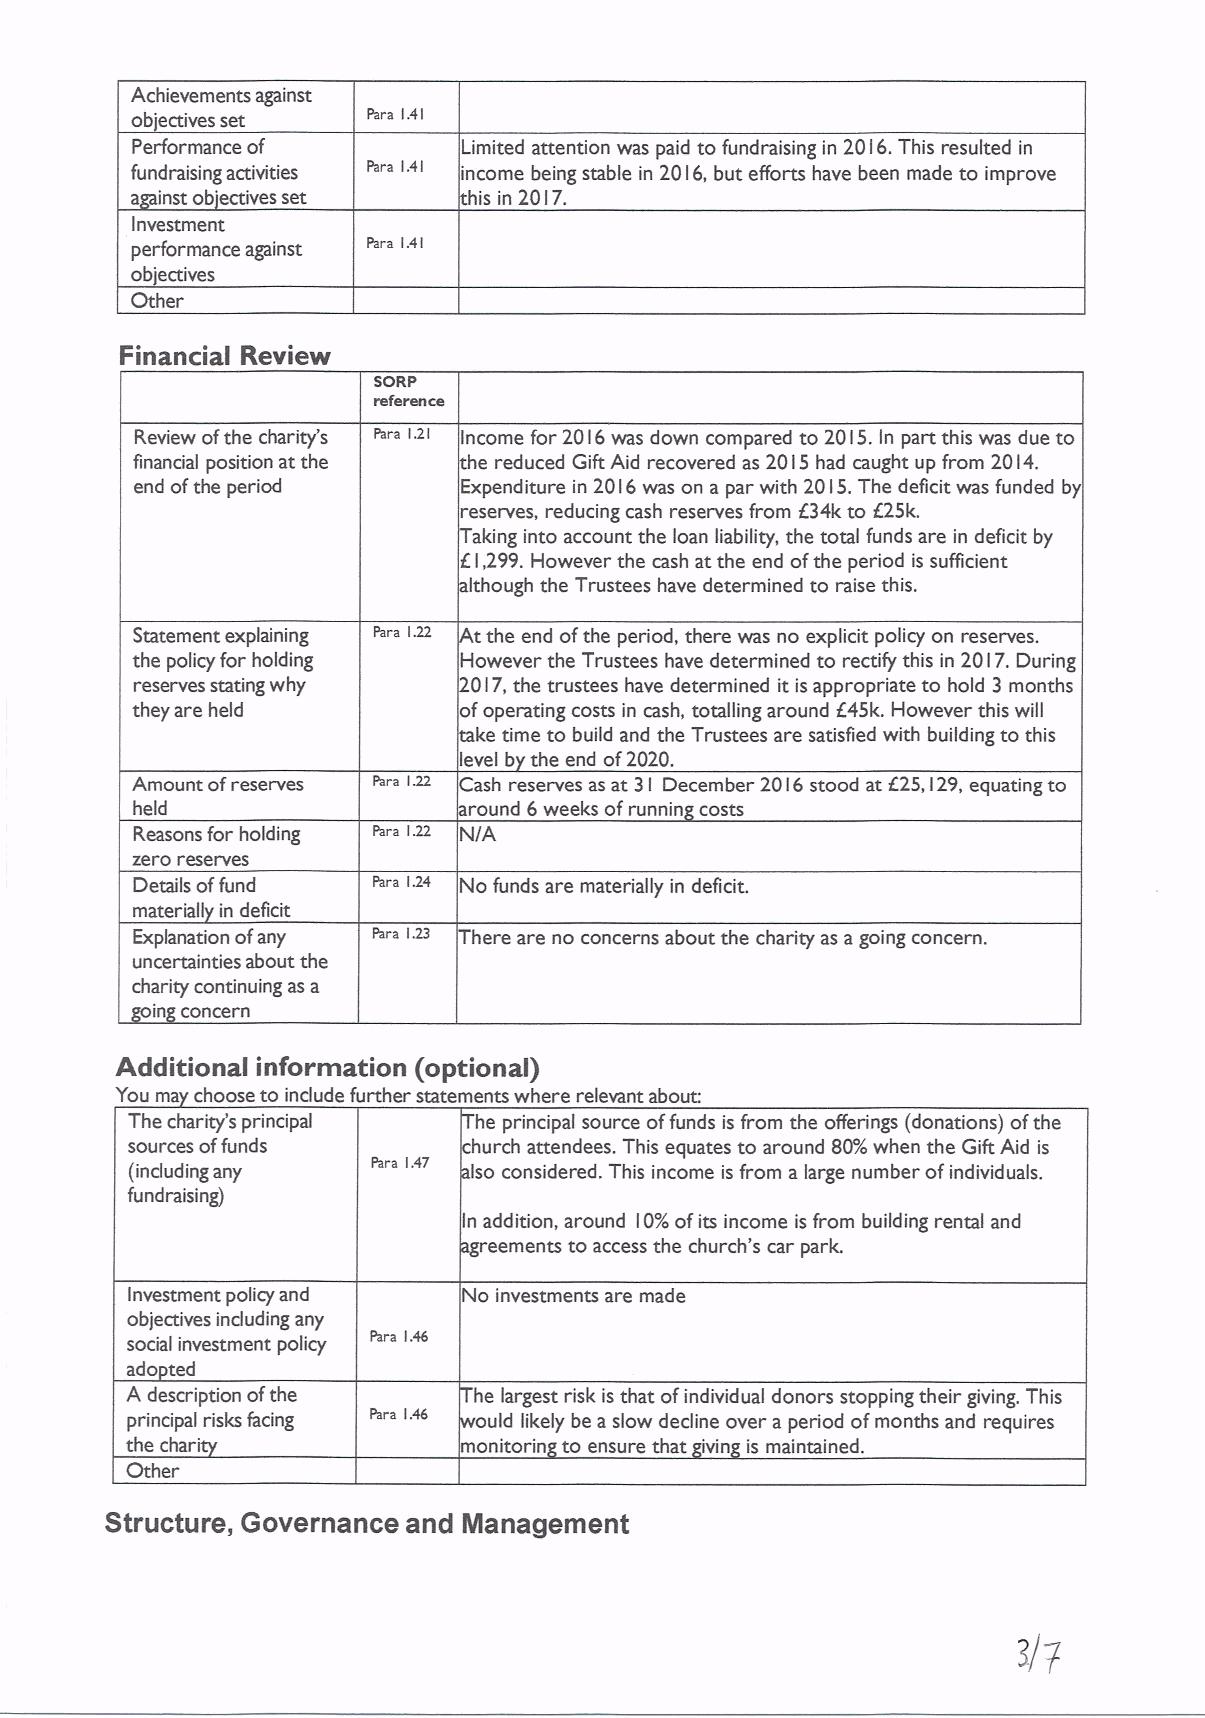
Achievements against
 ob'ectives set Para 1.41
 Performance of        Limited attention was paid to fundraising in 20 I6.This resulted in
 fundraising activities Para 1.41 income being stable in 20 I6, but efforts have been made to improve
 a inst ob'ectives set  is in 2017.
 Investment
 performance against Para 1.41
 ob'ectives
 Other
 Financial Review
 soRp
 reference
 Review ofthe charity's Para 1.21 Income for 20 I6was down compared to 20 I5.In part this was due to
 financial position at the he reduced Gift Aid recovered as 20 I5 had caught up from 20I4.
 end ofthe period     Expenditure in 20 I6was on a par with 20 I5.The deficit was funded b
 reserves, reducing cash reserves from 634k to 125k.
 aking into account the loan liability, the total funds are in deficit by
 if.I,299.However the cash at the end ofthe period is sufficient
 Ithough the Trustees have determined to raise this.
 Statement explaining Para 122 tthe end ofthe period, there was no explicit policy on reserves.
 the policy for holding However the Trustees have determined to rectify this in 20 I7.During
 reserves stating why  0l7,the trustees have determined it is appropriate to hold 3 months
 they are held        ofoperating costs in cash, totalling around 645k. However this will
 ke time to build and the Trustees are satisfied with building to this
 level b the end of2020.
 Amount ofreserves Para 122 Cash reserves as at 31 December 20 I6 stood at /25, I29, equating to
 held                  round 6weeks ofrunnin costs
 Reasons for holding Para 1.22 /+A
 zero reserves
 Details offund       No funds are materially in deficit.
 material in deficit
 Explanation ofany Para 123 here are no concerns about the charity as agoing concern.
 uncertainties about the
 charity continuing as a
 in concern
 Additional information (optional)
 You ma choose to include further statements where relevant about
 The charity's principal he principal source offunds is from the offerings (donations) ofthe
 sources offunds        hurch attendees. This equates to around 80%%dwhen the Gift Aid is
 (induding any   Para 1.47 Iso considered. This income is from a large number ofindividuals.
 fundraising)
 In addition, around 10%ofits income is from building rental and
 reements to access the church's car park.
 Investment policy and  No investments are made
 objectives including any
 social investment policy Para 1A6
 ado ted
 A description ofthe    he largest risk is that ofindividual donors stopping their giving. This
 principal risks facing Para 1A6 ould likely be a slow decline over a period ofmonths and requires
 the char'             monitorin to ensure that ivin is maintained.
 Other
 Structure, Governance and Management